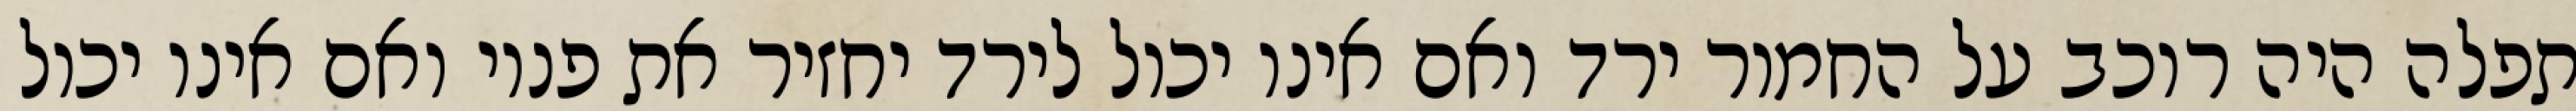
תפלה היה רוכב על החמור ירד ואם אינו יכול לירד יחזיר את פניו ואם אינו יכול